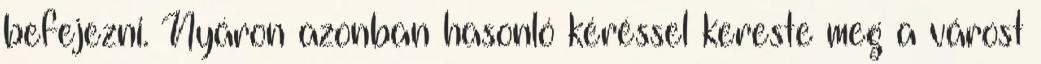
befejezni. Nyáron azonban hasonló kéréssel kereste meg a várost